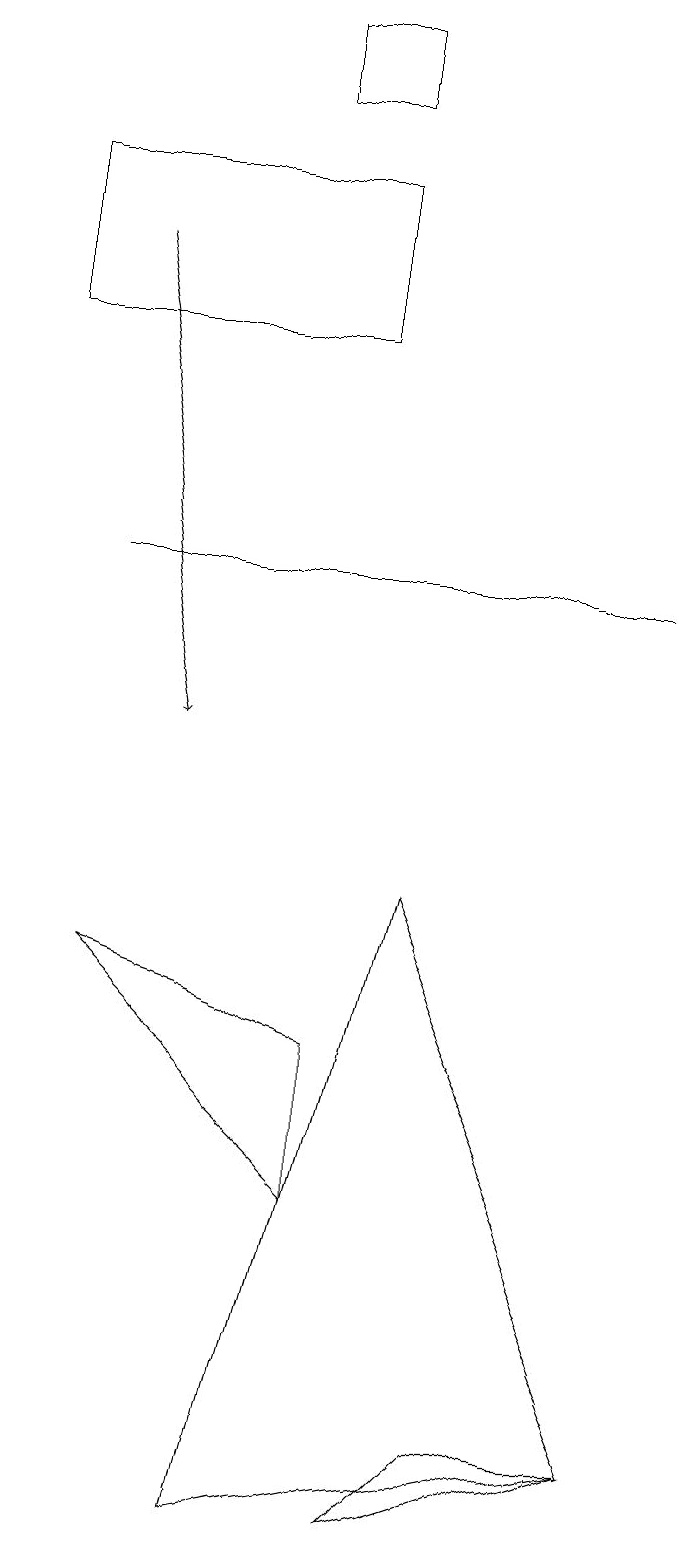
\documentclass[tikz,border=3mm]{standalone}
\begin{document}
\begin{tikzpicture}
\draw (4,15) rectangle (0,17);
\draw (4,4) -- (4,6) -- (1,7) -- cycle;
\draw (3,18) rectangle (4,19);
\draw (6,1) -- (8,1) -- (5,0) -- cycle;
\draw (1,12) rectangle (8,12);
\draw (3,0) -- (8,1) -- (5,8) -- cycle;
\draw[->] (1,16) -- (2,10);
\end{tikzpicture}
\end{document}